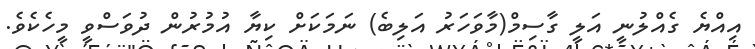
އިއްޔެ ގެއްލުނީ އަލީ ގާސިމް(މާވަހަރު އަލިބެ) ނަމަކަށް ކިޔާ އުމުރުން ދުވަސްވީ މީހެކެވެ.